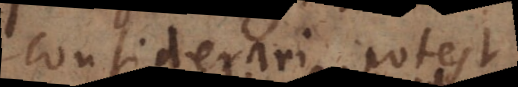
considerari potest,